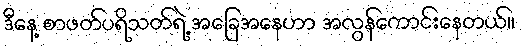
ဒီနေ့ စာဖတ်ပရိသတ်ရဲ့ အခြေအနေဟာ အလွန်ကောင်းနေတယ်။